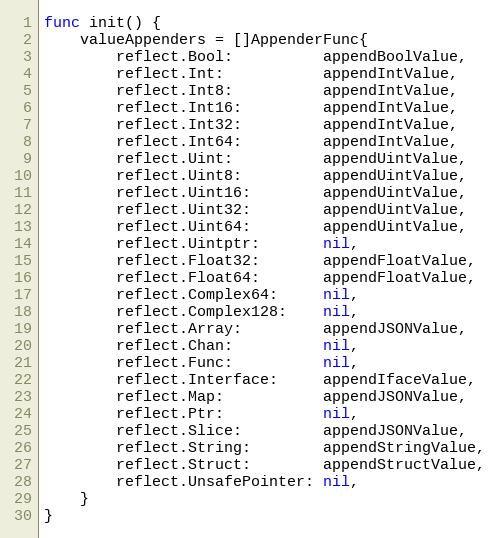
Language: Go
func init() {
	valueAppenders = []AppenderFunc{
		reflect.Bool:          appendBoolValue,
		reflect.Int:           appendIntValue,
		reflect.Int8:          appendIntValue,
		reflect.Int16:         appendIntValue,
		reflect.Int32:         appendIntValue,
		reflect.Int64:         appendIntValue,
		reflect.Uint:          appendUintValue,
		reflect.Uint8:         appendUintValue,
		reflect.Uint16:        appendUintValue,
		reflect.Uint32:        appendUintValue,
		reflect.Uint64:        appendUintValue,
		reflect.Uintptr:       nil,
		reflect.Float32:       appendFloatValue,
		reflect.Float64:       appendFloatValue,
		reflect.Complex64:     nil,
		reflect.Complex128:    nil,
		reflect.Array:         appendJSONValue,
		reflect.Chan:          nil,
		reflect.Func:          nil,
		reflect.Interface:     appendIfaceValue,
		reflect.Map:           appendJSONValue,
		reflect.Ptr:           nil,
		reflect.Slice:         appendJSONValue,
		reflect.String:        appendStringValue,
		reflect.Struct:        appendStructValue,
		reflect.UnsafePointer: nil,
	}
}